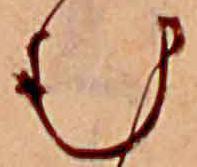
む